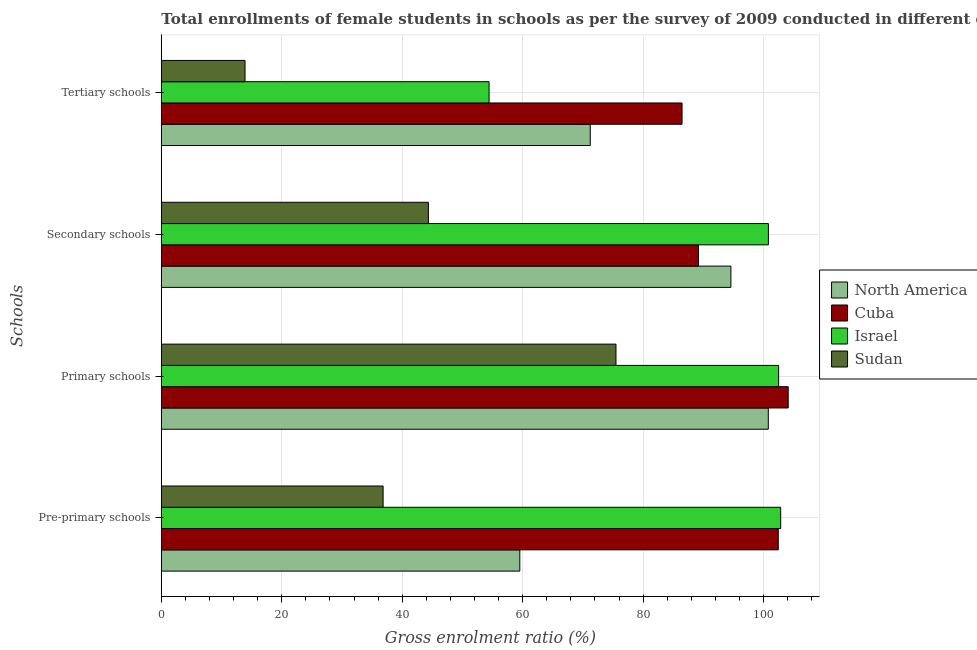
| Schools | North America | Cuba | Israel | Sudan |
 | --- | --- | --- | --- | --- |
 | Pre-primary schools | 59.5 | 102 | 103 | 36.8 |
 | Primary schools | 101 | 104 | 103 | 75.5 |
 | Secondary schools | 94.6 | 89.2 | 101 | 44.3 |
 | Tertiary schools | 71.2 | 86.5 | 54.4 | 13.9 |